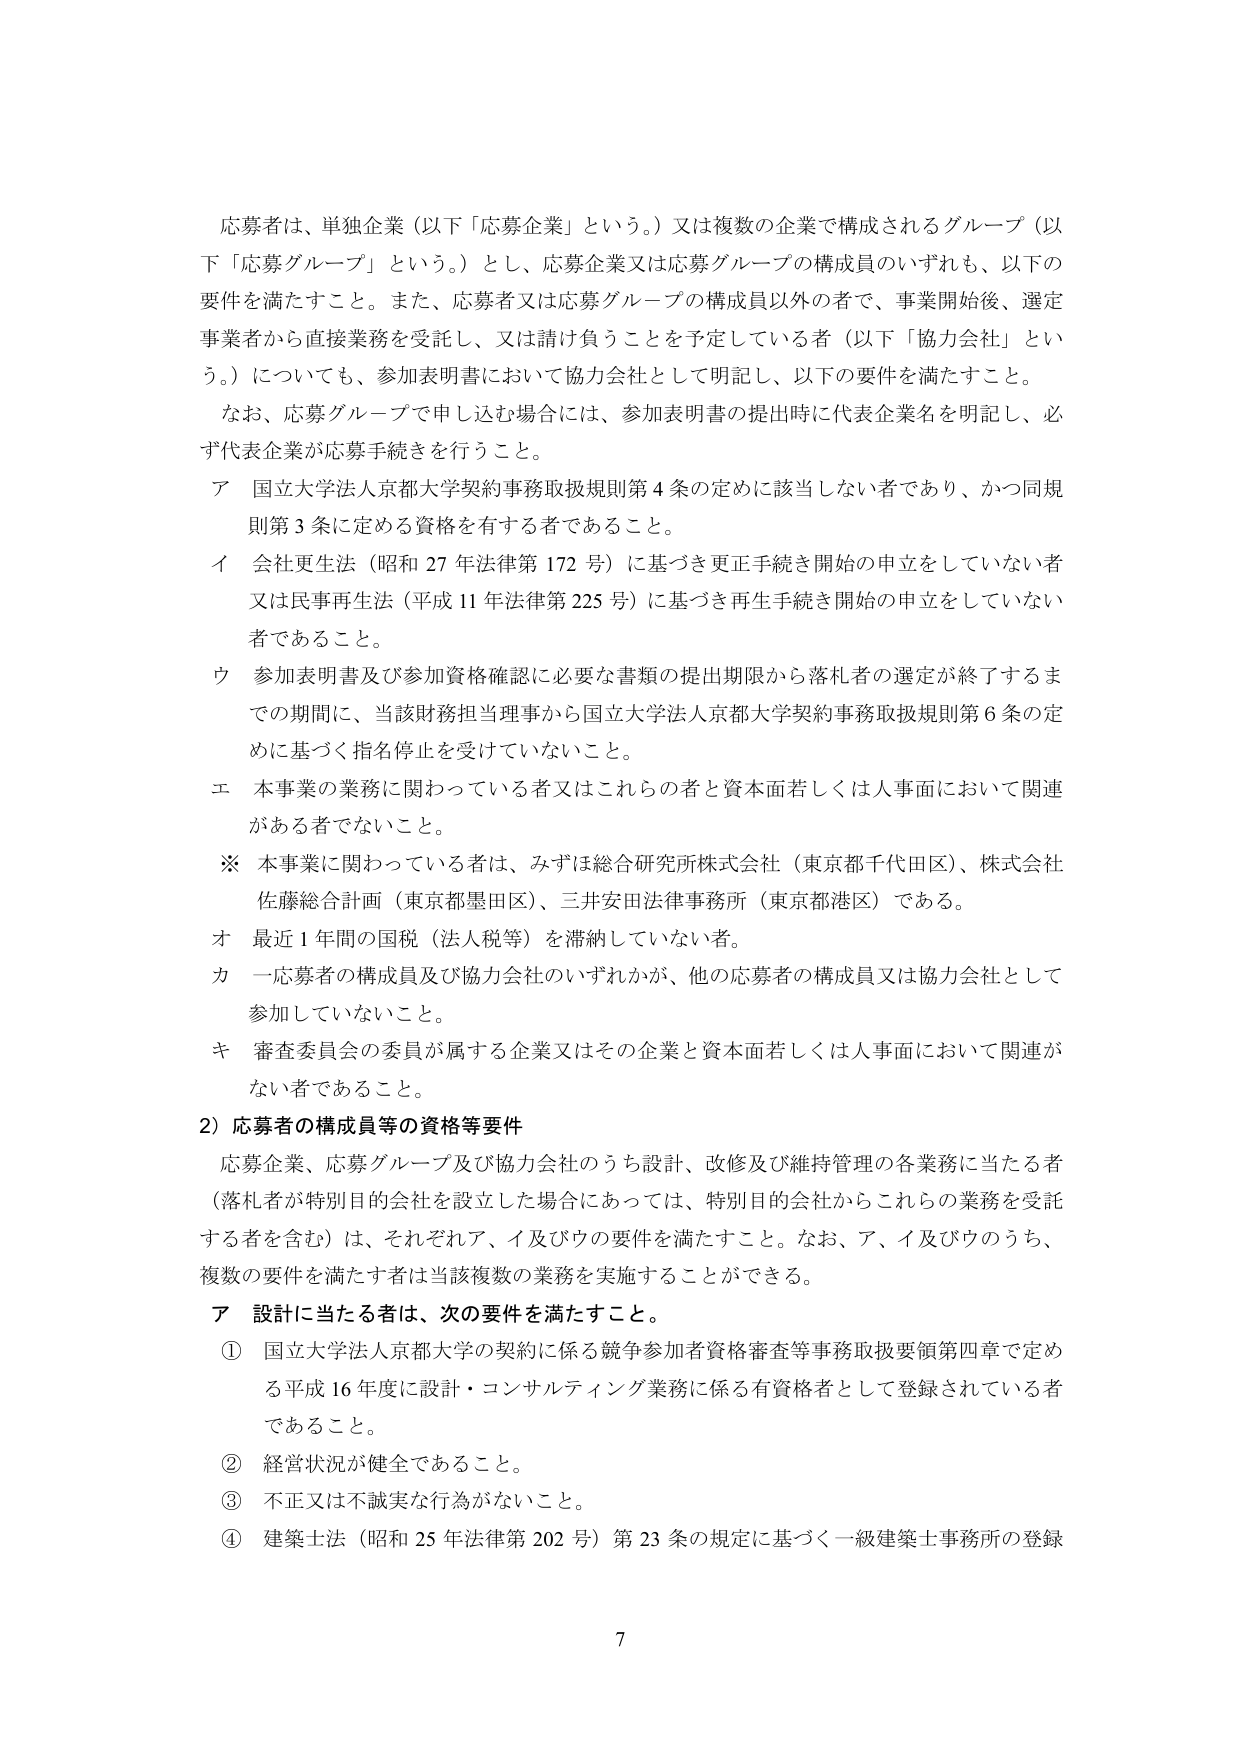
応募者は、単独企業（以下「応募企業」という。）又は複数の企業で構成されるグループ（以下「応募グループ」という。）とし、応募企業又は応募グループの構成員のいずれも、以下の要件を満たすこと。また、応募者又は応募グループの構成員以外の者で、事業開始後、選定事業者から直接業務を受託し、又は請け負うことを予定している者（以下「協力会社」という。）についても、参加表明書において協力会社として明記し、以下の要件を満たすこと。

なお、応募グループで申し込む場合には、参加表明書の提出時に代表企業名を明記し、必ず代表企業が応募手続きを行うこと。

ア 国立大学法人京都大学契約事務取扱規則第4条の定めに該当しない者であり、かつ同規則第3条に定める資格を有する者であること。

イ 会社更生法（昭和27年法律第172号）に基づき更正手続き開始の申立をしていない者又は民事再生法（平成11年法律第225号）に基づき再生手続き開始の申立をしていない者であること。

ウ 参加表明書及び参加資格確認に必要な書類の提出期限から落札者の選定が終了するまでの期間に、当該財務担当理事から国立大学法人京都大学契約事務取扱規則第6条の定めに基づく指名停止を受けていないこと。

エ 本事業の業務に関わっている者又はこれらの者と資本面若しくは人事面において関連がある者でないこと。

※ 本事業に関わっている者は、みずほ総合研究所株式会社（東京都千代田区）、株式会社佐藤総合計画（東京都墨田区）、三井安田法律事務所（東京都港区）である。

オ 最近1年間の国税（法人税等）を滞納していない者。

カ 一応募者の構成員及び協力会社のいずれかが、他の応募者の構成員又は協力会社として参加していないこと。

キ 審査委員会の委員が属する企業又はその企業と資本面若しくは人事面において関連がない者であること。

2）応募者の構成員等の資格等要件

応募企業、応募グループ及び協力会社のうち設計、改修及び維持管理の各業務に当たる者（落札者が特別目的会社を設立した場合にあっては、特別目的会社からこれらの業務を受託する者を含む）は、それぞれア、イ及びウの要件を満たすこと。なお、ア、イ及びウのうち、複数の要件を満たす者は当該複数の業務を実施することができる。

ア 設計に当たる者は、次の要件を満たすこと。

① 国立大学法人京都大学の契約に係る競争参加者資格審査等事務取扱要領第四章で定める平成16年度に設計・コンサルティング業務に係る有資格者として登録されている者であること。

② 経営状況が健全であること。

③ 不正又は不誠実な行為がないこと。

④ 建築士法（昭和25年法律第202号）第23条の規定に基づく一級建築士事務所の登録

7